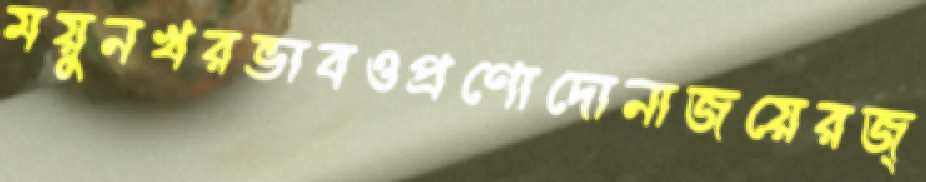
ময়ুনখরভাবওপ্রণোদোনাজয়েরজ্